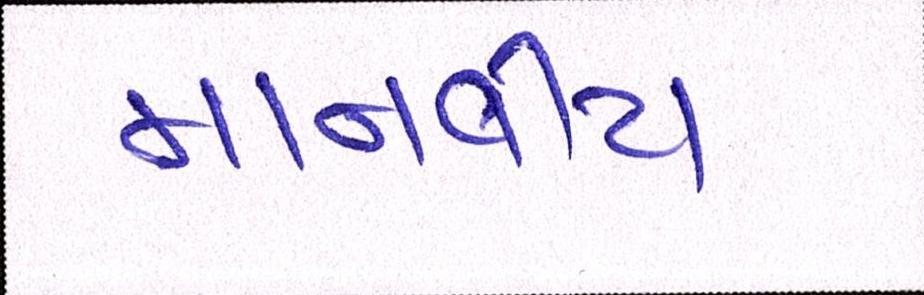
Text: માનવીય